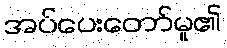
အပ်ပေးတော်မူ၏